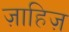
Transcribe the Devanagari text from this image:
ज़ाहिज़